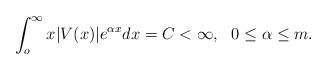
LaTeX: \begin{align*}\int_{o}^{\infty}x|V(x)|e^{\alpha x}dx=C<\infty, ~~0\leq\alpha\leq m.\end{align*}